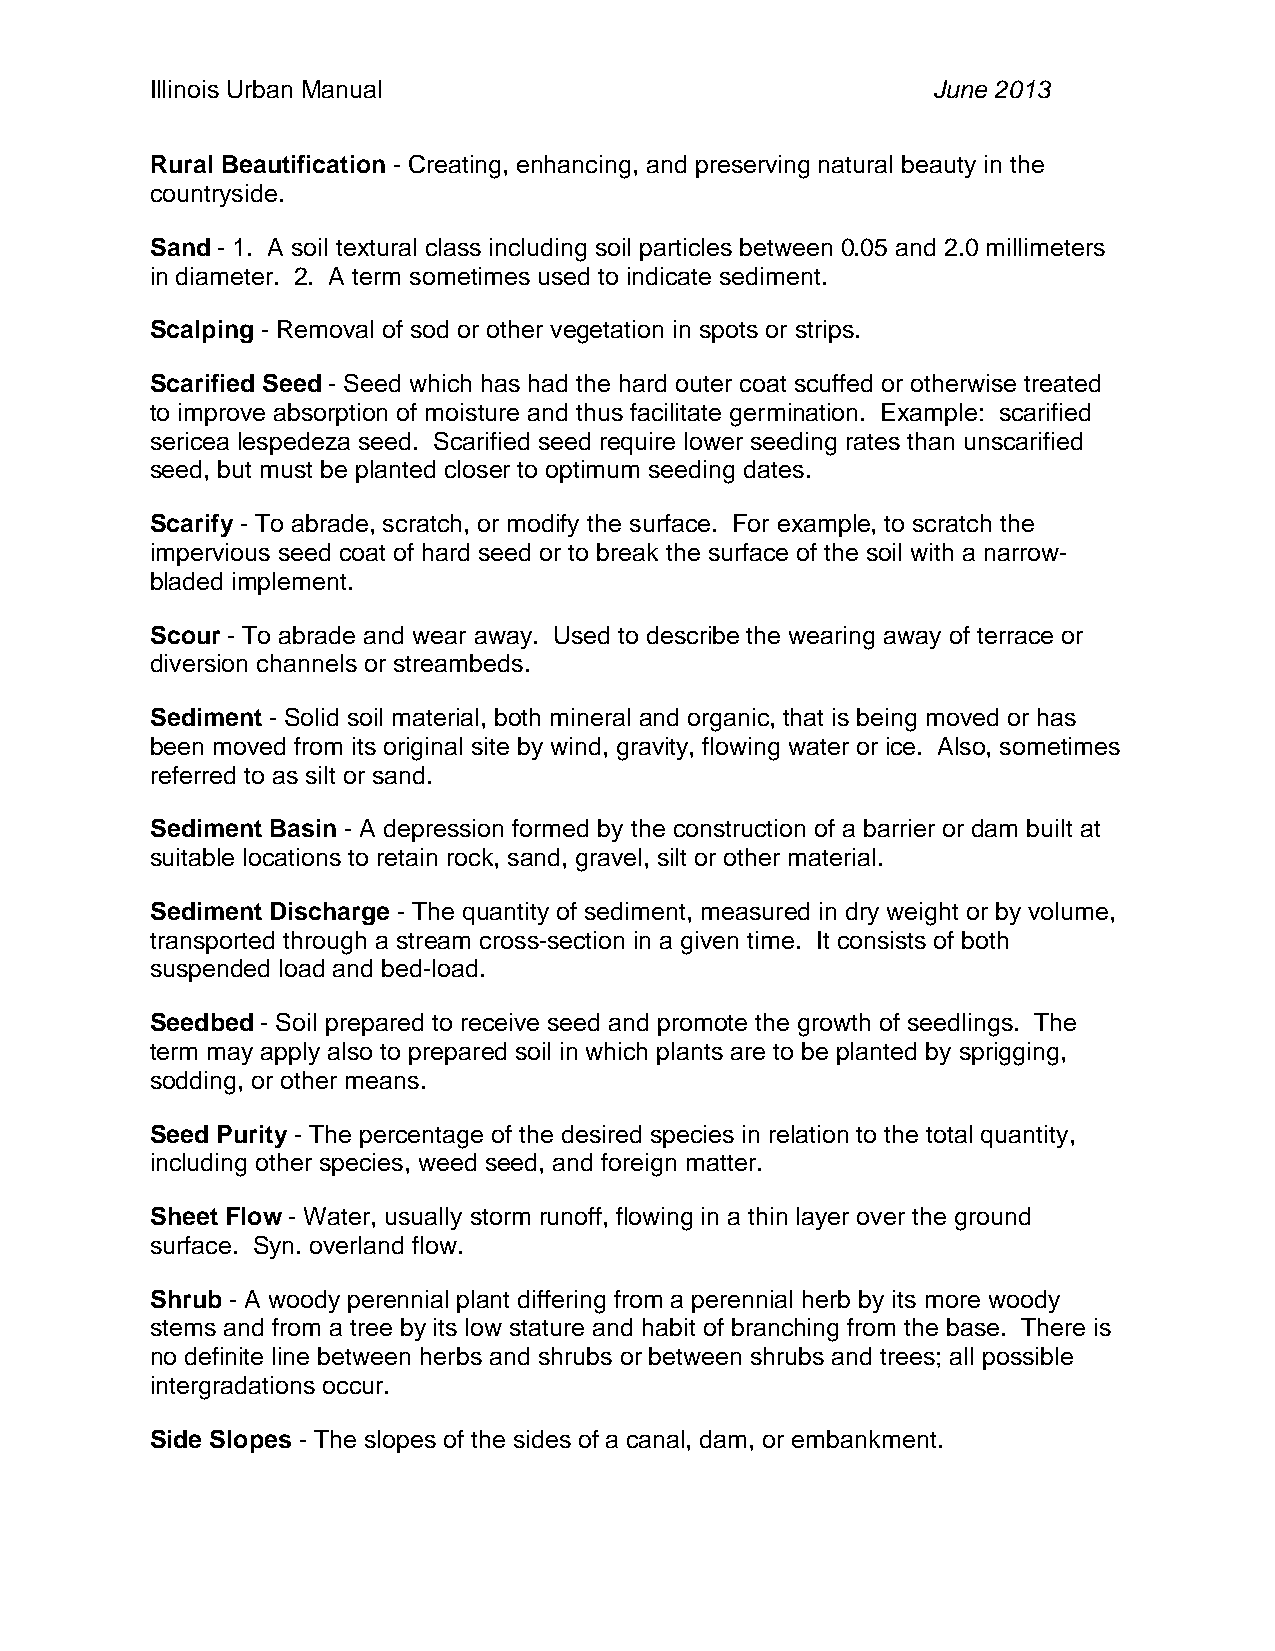
Illinois Urban Manual                               June 2013
 Rural Beautification - Creating, enhancing, and preserving natural beauty in the
 countryside.
 Sand - 1. A soil textural class including soil particles between 0.05 and 2.0 millimeters
 in diameter. 2. A term sometimes used to indicate sediment.
 Scalping - Removal of sod or other vegetation in spots or strips.
 Scarified Seed - Seed which has had the hard outer coat scuffed or otherwise treated
 to improve absorption of moisture and thus facilitate germination. Example: scarified
 sericea lespedeza seed. Scarified seed require lower seeding rates than unscarified
 seed, but must be planted closer to optimum seeding dates.
 Scarify - To abrade, scratch, or modify the surface. For example, to scratch the
 impervious seed coat of hard seed or to break the surface of the soil with a narrow-
 bladed implement.
 Scour - To abrade and wear away. Used to describe the wearing away of terrace or
 diversion channels or streambeds.
 Sediment - Solid soil material, both mineral and organic, that is being moved or has
 been moved from its original site by wind, gravity, flowing water or ice. Also, sometimes
 referred to as silt or sand.
 Sediment Basin - A depression formed by the construction of a barrier or dam built at
 suitable locations to retain rock, sand, gravel, silt or other material.
 Sediment Discharge - The quantity of sediment, measured in dry weight or by volume,
 transported through a stream cross-section in a given time. It consists of both
 suspended load and bed-load.
 Seedbed - Soil prepared to receive seed and promote the growth of seedlings. The
 term may apply also to prepared soil in which plants are to be planted by sprigging,
 sodding, or other means.
 Seed Purity - The percentage of the desired species in relation to the total quantity,
 including other species, weed seed, and foreign matter.
 Sheet Flow - Water, usually storm runoff, flowing in a thin layer over the ground
 surface. Syn. overland flow.
 Shrub - A woody perennial plant differing from a perennial herb by its more woody
 stems and from a tree by its low stature and habit of branching from the base. There is
 no definite line between herbs and shrubs or between shrubs and trees; all possible
 intergradations occur.
 Side Slopes - The slopes of the sides of a canal, dam, or embankment.